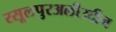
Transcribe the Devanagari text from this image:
रसूलपुरअलीउदीन